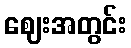
ဈေးအတွင်း